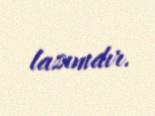
lazımdır.